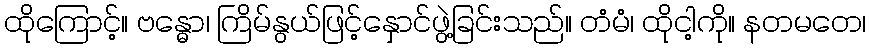
ထိုကြောင့်။ ဗန္ဓော၊ ကြိမ်နွယ်ဖြင့်နှောင်ဖွဲ့ခြင်းသည်။ တံမံ၊ ထိုငါ့ကို။ နတမတေ၊